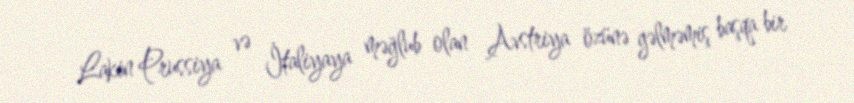
Lakin Prussiya və İtaliyaya məğlub olan Avstriya özünə gəlməmiş başqa bir